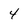
Character: 4